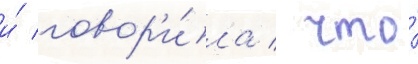
и́ говор'и́ла / что́